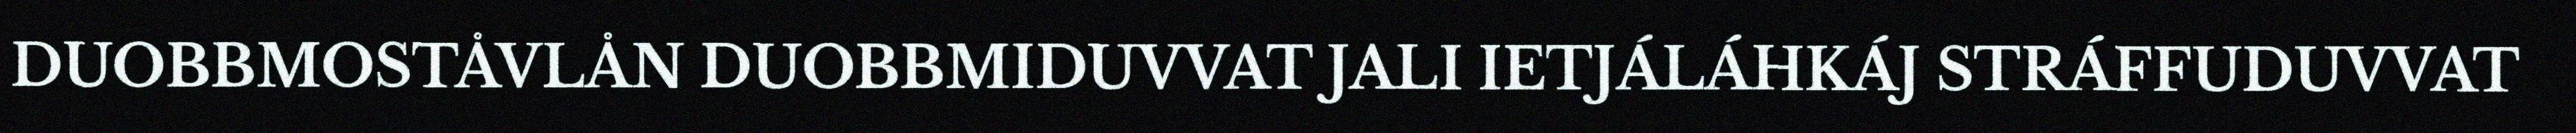
DUOBBMOSTÅVLÅN DUOBBMIDUVVAT JALI IETJÁLÁHKÁJ STRÁFFUDUVVAT